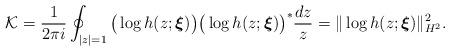
LaTeX: \begin{align*} \mathcal{K}=\frac{1}{2\pi i}\oint_{|z|=1}\big( \log{h(z;\boldsymbol{\xi})}\big)\big( \log{h(z;\boldsymbol{\xi})}\big)^{*}\frac{dz}{z}=\|\log h(z;\boldsymbol{\xi})\|^2_{H^2}.\end{align*}